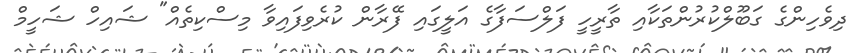
ދިވެހިންގެ ގަބޫލްކުރުންތަކާއި ތާރީހީ ފަލްސަފާގެ އަލީގައި ފޭރާން ކުރެވިފައިވާ މިސްކިތެއް" ޝައިހް ޝަހީމް